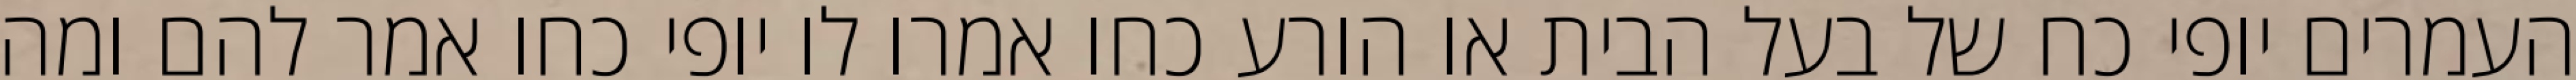
העמרים יופי כח של בעל הבית או הורע כחו אמרו לו יופי כחו אמר להם ומה